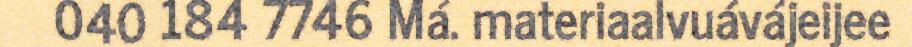
040 184 7746 Má. materiaalvuávájeijee